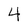
Character: 4